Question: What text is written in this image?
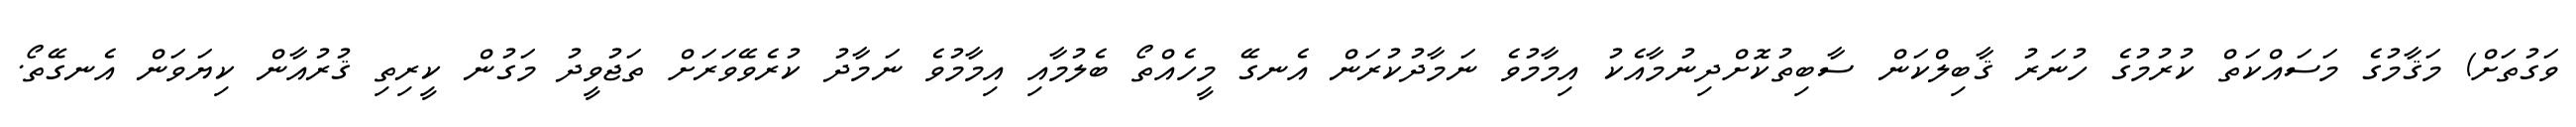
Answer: ވަގުތަށް) މަޤާމުގެ މަސައްކަތް ކުރުމުގެ ހުނަރު ޤާބިލްކަން ސާބިތުކޮށްދިނުމާއެކު އިމާމުވެ ނަމާދުކުރަން އެނގޭ މީހެއްތޯ ބެލުމާއި އިމާމުވެ ނަމާދު ކުރެވޭވަރަށް ތަޖުވީދު މަގުން ކީރިތި ޤުރުއާން ކިޔަވަން އެނގޭތޯ.